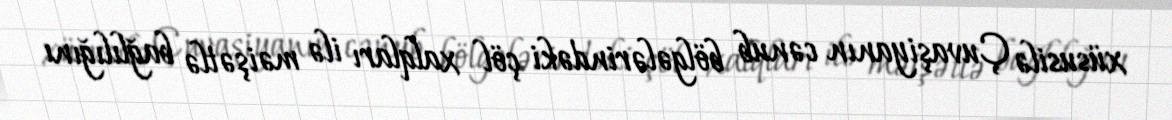
xüsusilə Çuvaşiyanın cənub bölgələrindəki çöl xalqları ilə məişətlə bağlılığını